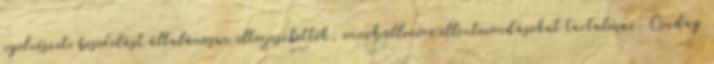
nyelvészeti besorolást általánosan elterjesztették, ennek ellenére ellentmondásokat tartalmaz. Csuday